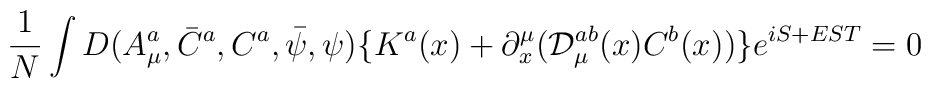
\frac 1N\int D(A_\mu ^a,\bar C^a,C^a,\bar \psi ,\psi )\{K^a(x)+\partial_x^\mu ({\cal D}_\mu ^{ab}(x)C^b(x))\}e^{iS+EST}=0